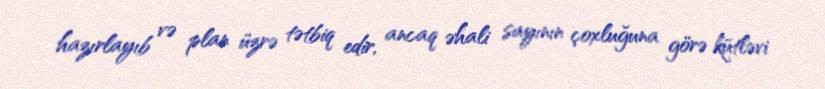
hazırlayıb və plan üzrə tətbiq edir, ancaq əhali sayının çoxluğuna görə kütləvi